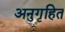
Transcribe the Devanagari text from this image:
अनुगृहित